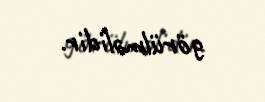
görülməlidir.